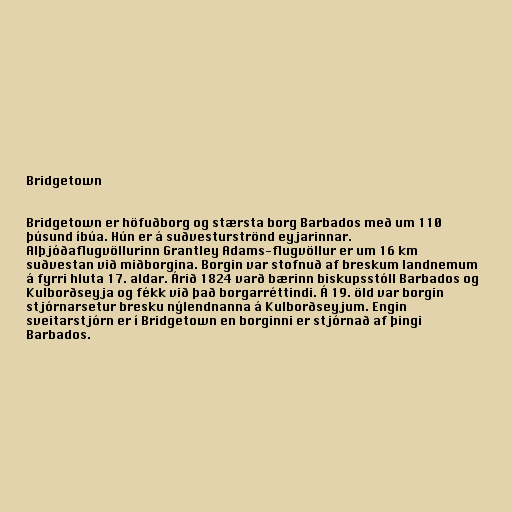
Bridgetown

Bridgetown er höfuðborg og stærsta borg Barbados með um 110
þúsund íbúa. Hún er á suðvesturströnd eyjarinnar.
Alþjóðaflugvöllurinn Grantley Adams-flugvöllur er um 16 km
suðvestan við miðborgina. Borgin var stofnuð af breskum landnemum
á fyrri hluta 17. aldar. Árið 1824 varð bærinn biskupsstóll Barbados og
Kulborðseyja og fékk við það borgarréttindi. Á 19. öld var borgin
stjórnarsetur bresku nýlendnanna á Kulborðseyjum. Engin
sveitarstjórn er í Bridgetown en borginni er stjórnað af þingi
Barbados.